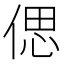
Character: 偲